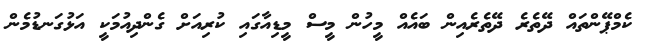
ކެމްޕޭންތައް ދޭތެރެ ދޭތެރެއިން ބައެއް މީހުން މީސް މީޑިއާގައި ކުރިއަށް ގެންދިއުމަކީ އަޅުގަނޑުމެން